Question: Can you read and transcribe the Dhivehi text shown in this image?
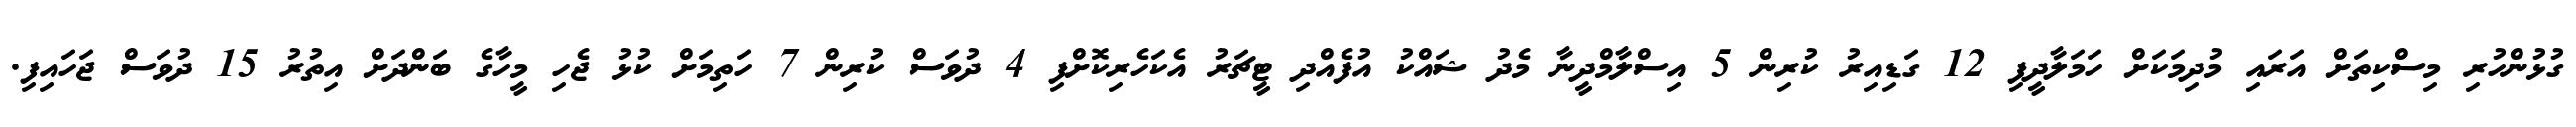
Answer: ގުޅުންހުރި މިސްކިތަށް އަރައި މުދިމަކަށް ހަމަލާދީފި 12 ގަޑިއިރު ކުރިން 5 އިސްލާމްދީނާ މެދު ޝައްކު އުފެއްދި ޓީޗަރު އެކަހެރިކޮށްފި 4 ދުވަސް ކުރިން 7 ހަތިމަށް ކުޅު ޖެހި މީހާގެ ބަންދަށް އިތުރު 15 ދުވަސް ޖަހައިފި.